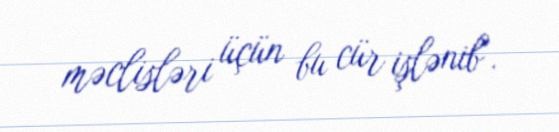
məclisləri üçün bu cür işlənib".